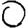
Digit: 0